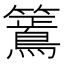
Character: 𮆶